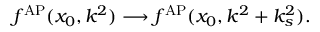
f ^ { \mathrm { A P } } ( x _ { 0 } , k ^ { 2 } ) \longrightarrow f ^ { \mathrm { A P } } ( x _ { 0 } , k ^ { 2 } + k _ { s } ^ { 2 } ) .